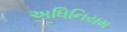
અધિનિયમ